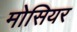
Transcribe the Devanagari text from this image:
मोसियर